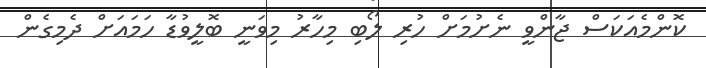
ކޮންމެއަކަސް ޖާންވީ ނެށުމަށް ހުރި ލޯބި މިހާރު މިވަނީ ބޮލީވުޑާ ހަމައަށް ދެމިގެން